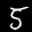
Label: 5